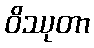
ဝိဿုတာ